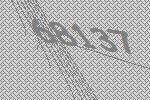
68137